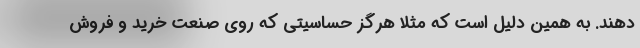
دهند. به همین دلیل است که مثلا هرگز حساسیتی که روی صنعت خرید و فروش